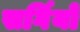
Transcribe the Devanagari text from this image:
सर्गियो